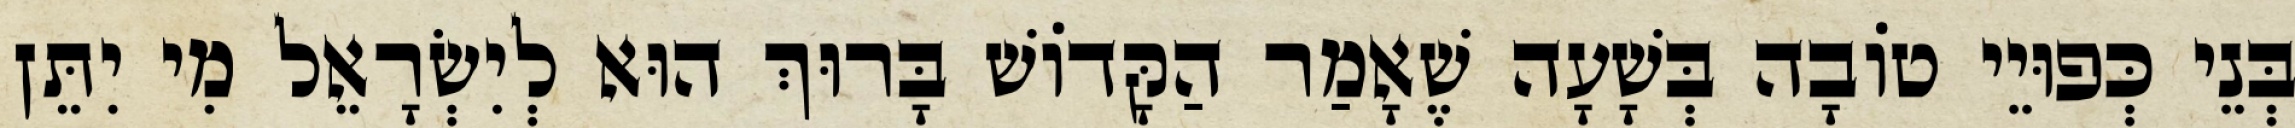
בְּנֵי כְּפוּיֵי טוֹבָה בְּשָׁעָה שֶׁאָמַר הַקָּדוֹשׁ בָּרוּךְ הוּא לְיִשְׂרָאֵל מִי יִתֵּן